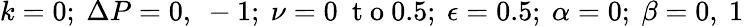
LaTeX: k=0;~\Delta P=0,~-1;~\nu=0~\mathrm{~t~o~}0.5;~\epsilon=0.5;~\alpha=0;~\beta=0,~1